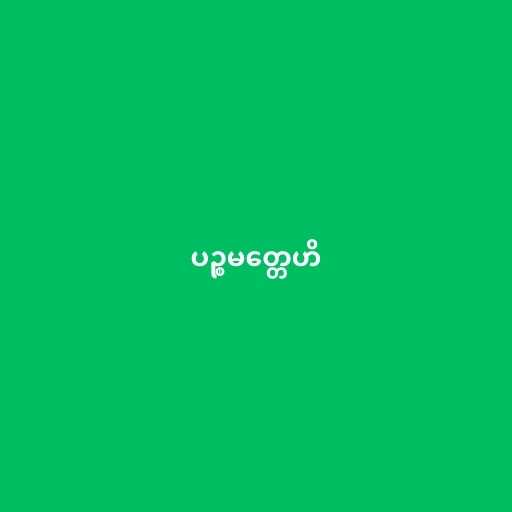
ပဉ္စမတ္တေဟိ